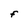
Character: F